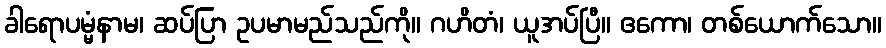
ခါရောပမ္မံနာမ၊ ဆပ်ပြာ ဥပမာမည်သည်ကို။ ဂဟိတံ၊ ယူအပ်ပြီ။ ဧကော၊ တစ်ယောက်သော။